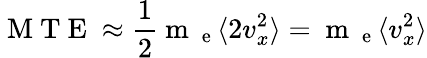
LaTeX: \mathrm{~M~T~E~}\approx\frac{1}{2}\mathrm{~m~}_{\mathrm{~e~}}\langle 2v_{x}^{2}\rangle=\mathrm{~m~}_{\mathrm{~e~}}\langle v_{x}^{2}\rangle